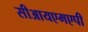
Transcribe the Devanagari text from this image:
सीआयएमएपी